Annual report on the Civil Veterinary Department, Burma (including the Insein Veterinary School) - 1910-1922
Year: 1910
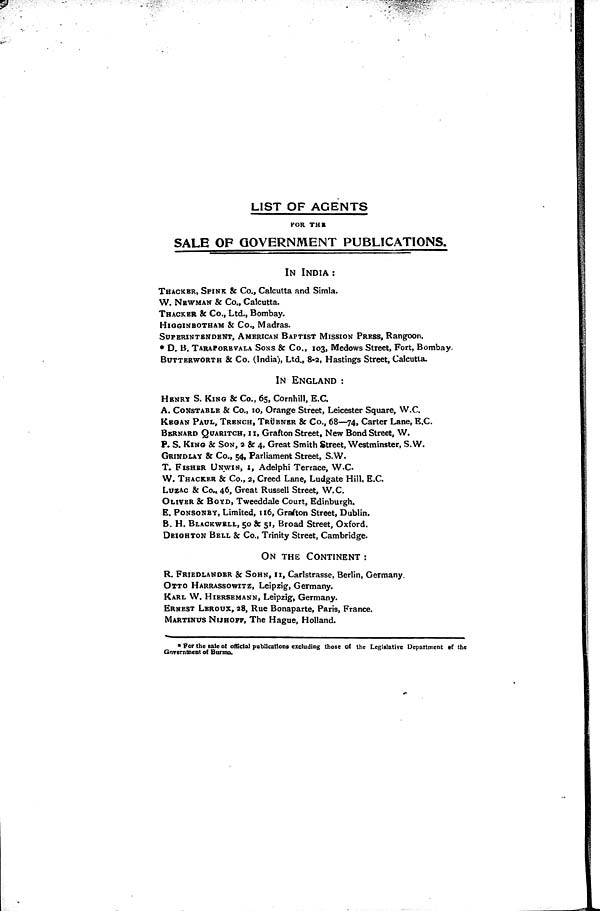
LIST OF AGENTS
FOR THE
SALE OF GOVERNMENT PUBLICATIONS.
IN INDIA :
THACKER, SPINK & Co., Calcutta and Simla.
W. NEWMAN & Co., Calcutta.
THACKER & Co., Ltd., Bombay.
HIGGINBOTHAM & Co., Madras.
SUPERINTENDENT, AMERICAN BAPTIST MISSION PRESS, Rangoon.
* D. B. TARAPOREVALA SONS & Co., 103, Medows Street, Fort, Bombay.
BUTTERWORTH & Co. (India), Ltd., 8.2, Hastings Street, Calcutta.
IN ENGLAND :
HENRY S. KING & Co., 65, Cornhill, E.C.
A. CONSTABLE & Co., 10, Orange Street, Leicester Square, W.C.
KEGAN PAUL, TRENCH, TRÜBNER & Co., 68—74, Carter Lane, E.C.
BERNARD QUARITCH, II, Grafton Street, New Bond Street, W.
P. S. KING & SON, a & 4, Great Smith Street, Westminster, S.W.
GRINDLAY & Co., 54, Parliament Street, S.W.
T. FISHER UNWIN, I, Adelphi Terrace, W.C
W. THACKER & Co., 2, Creed Lane, Ludgate Hill, E.C.
LUZAC & Co., 46, Great Russell Street, W.C.
OLIVER & BOYD, Tweeddale Court, Edinburgh.
E. PONSONRY, Limited, 116, Grafton Street, Dublin.
B. H. BLACKWELL, 50 & 51, Broad Street, Oxford.
DRIGHTON BELL & Co., Trinity Street, Cambridge.
ON THE CONTINENT :
R. FRIEDLANDER & SOHN, 11, Carlstrasse, Berlin, Germany.
OTTO HARRASSOWITZ, Leipzig, Germany.
KARL W. HIERSEMANN, Leipzig, Germany.
ERNEST LEROUX, 28, Rue Bonaparte, Paris, France.
MARTINUS NIJHOFF, The Hague, Holland.
*For the sale of official publications excluding those of the Legislative Department of the
Government of Burma.